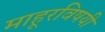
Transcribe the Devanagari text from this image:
माहूरविषयी